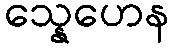
သ္နေဟေန